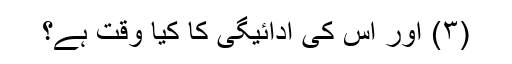
(۳) اور اس کی ادائیگی کا کیا وقت ہے؟